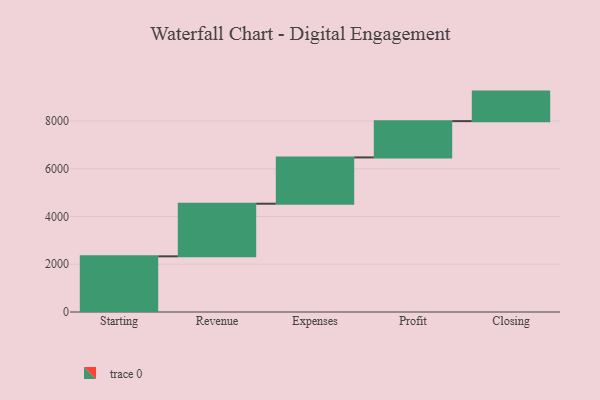
{"axis": {"x": "Step", "y": "Value"}, "legend": [""], "data": [{"x": "Starting", "y": 2332.0, "type": ""}, {"x": "Revenue", "y": 2204.0, "type": ""}, {"x": "Expenses", "y": 1939.0, "type": ""}, {"x": "Profit", "y": 1520.0, "type": ""}, {"x": "Closing", "y": 1237.0, "type": ""}]}